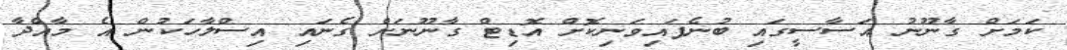
ކަމަށް ގާނޫނު އަސާސީގައި ބުނެފައިވަނިކޮށް އޮޑިޓް ގާނޫނަށް ގެނައި އިސްލާހަކުން އެ މާއްދާ